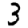
Digit: 3